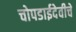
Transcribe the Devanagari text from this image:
चोपडाईदेवीचे